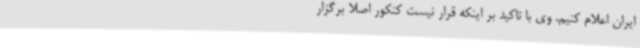
ایران اعلام کنیم. وی با تاکید بر اینکه قرار نیست کنکور اصلا برگزار